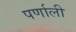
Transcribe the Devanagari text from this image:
पर्णाली